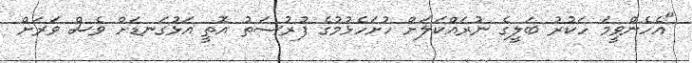
"އެހެންވީމަ ހަކުރު ބަލީގެ ނުރައްކަލަށް ހުށަހެޅުމުގެ ފުރުސަތު އޮތީ އަޅުގަނޑަށް ވެސް ވަރަށް